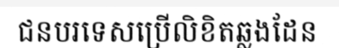
ជនបរទេសប្រើលិខិតឆ្លងដែន